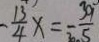
- \frac { 1 3 } { 4 } x = - \frac { 3 9 } { 5 }